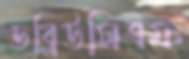
ডব্লিউসিএফ